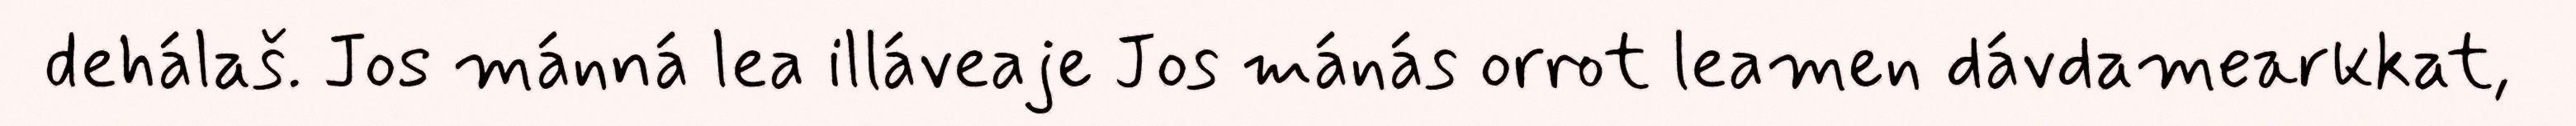
dehálaš. Jos mánná lea illáveaje Jos mánás orrot leamen dávdamearkkat,